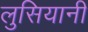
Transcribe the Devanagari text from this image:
लुसियानी